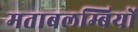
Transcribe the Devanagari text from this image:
मताबलम्बियों